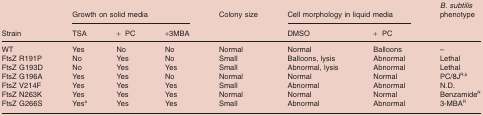
| <ROWSPAN=2> Strain | <COLSPAN=3> Growth on solid media | Colony size | <COLSPAN=2> Cell morphology in liquid media | B. subtilis phenotype |
 | TSA | + PC | +3MBA |  | DMSO | + PC |  |
 | --- | --- | --- | --- | --- | --- | --- | --- |
 | WT | Yes | No | No | Normal | Normal | Balloons | – |
 | FtsZ R191P | No | Yes | No | Small | Balloons, lysis | Abnormal | Lethal |
 | FtsZ G193D | No | Yes | Yes | Small | Abnormal, lysis | Abnormal | Lethal |
 | FtsZ G196A | Yes | Yes | No | Normal | Normal | Normal | PC/8JR,b |
 | FtsZ V214F | Yes | Yes | Yes | Small | Abnormal | Abnormal | N.D. |
 | FtsZ N263K | Yes | Yes | Yes | Normal | Normal | Normal | BenzamideR |
 | FtsZ G266S | Yesa | Yes | Yes | Small | Abnormal | Abnormal | 3‐MBAR |